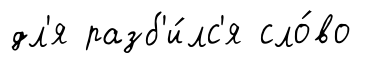
дл'я разб'и́лс'я сло́во